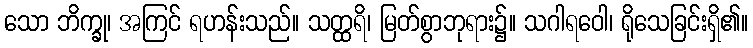
သော ဘိက္ခု၊ အကြင် ရဟန်းသည်။ သတ္ထရိ၊ မြတ်စွာဘုရား၌။ သဂါရဝေါ၊ ရိုသေခြင်းရှိ၏။